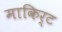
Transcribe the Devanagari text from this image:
माकिर्ट